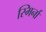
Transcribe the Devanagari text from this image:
स्मिर्ना